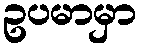
ဥပမာမှာ